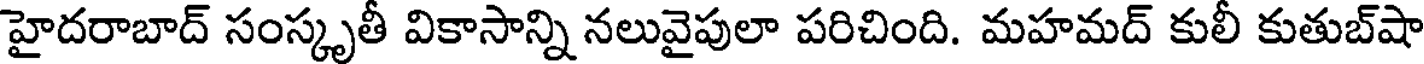
హైదరాబాద్ సంస్కృతీ వికాసాన్ని నలువైపులా పరిచింది. మహమద్ కులీ కుతుబ్షా